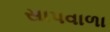
સાપવાળા